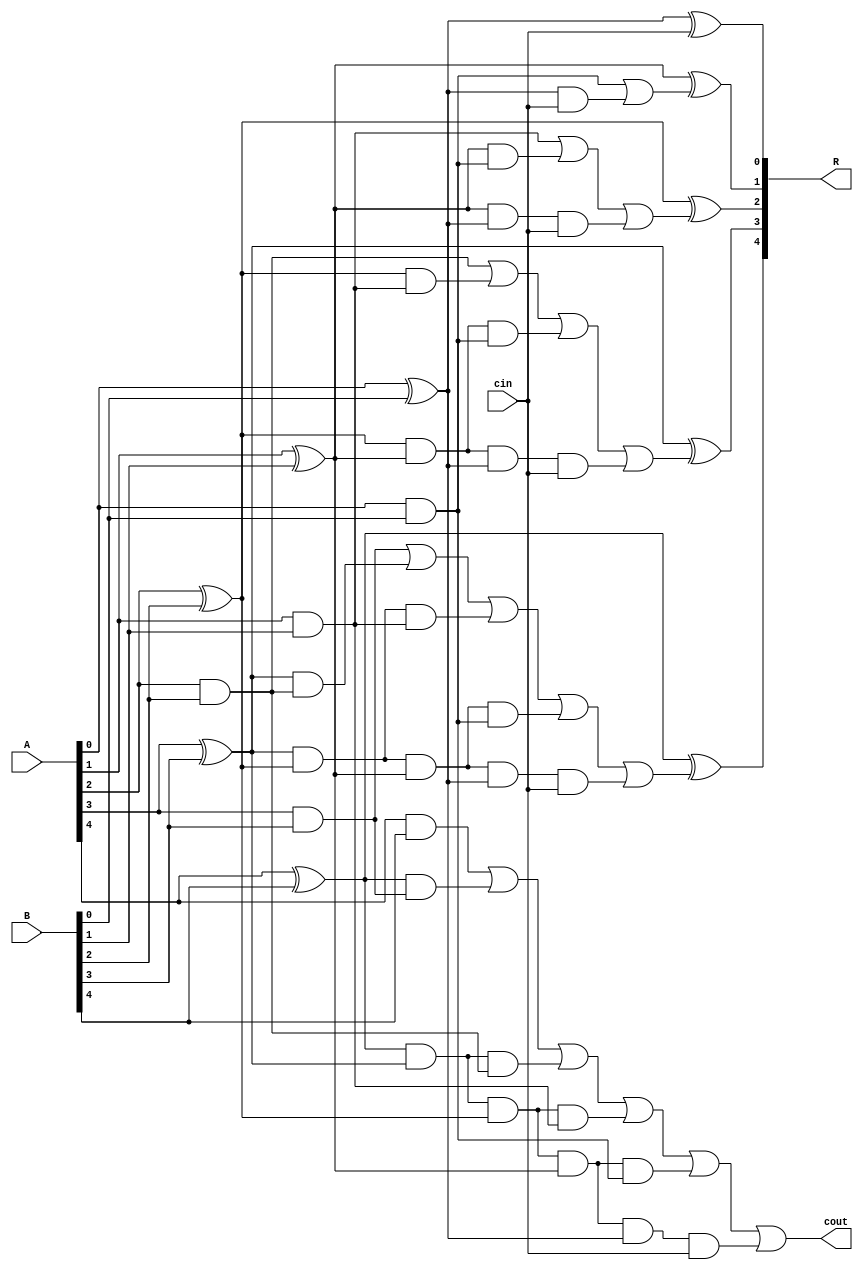
module carry_look_ahead_adder_cin_cout_5
(
input [4:0] A, B,
input cin,
output [4:0] R,
output cout
);
wire p0,  p1,  p2,  p3,  p4; 
wire g0,  g1,  g2,  g3,  g4; 
wire c0,  c1,  c2,  c3,  c4,  c5; 

assign p0 = A[0] ^ B[0];
assign p1 = A[1] ^ B[1];
assign p2 = A[2] ^ B[2];
assign p3 = A[3] ^ B[3];
assign p4 = A[4] ^ B[4];

assign g0 = A[0] & B[0];
assign g1 = A[1] & B[1];
assign g2 = A[2] & B[2];
assign g3 = A[3] & B[3];
assign g4 = A[4] & B[4];

assign c0 = cin;
assign c1 = g0 | (p0 & cin);
assign c2 = g1 | (p1 & g0) | (p1 & p0 & cin);
assign c3 = g2 | (p2 & g1) | (p2 & p1 & g0) | (p2 & p1 & p0 & cin);
assign c4 = g3 | (p3 & g2) | (p3 & p2 & g1) | (p3 & p2 & p1 & g0) | (p3 & p2 & p1 & p0 & cin);
assign c5 = g4 | (p4 & g3) | (p4 & p3 & g2) | (p4 & p3 & p2 & g1) | (p4 & p3 & p2 & p1 & g0) | (p4 & p3 & p2 & p1 & p0 & cin);

assign R[0] = p0 ^ c0;
assign R[1] = p1 ^ c1;
assign R[2] = p2 ^ c2;
assign R[3] = p3 ^ c3;
assign R[4] = p4 ^ c4;
assign cout = c5;

endmodule